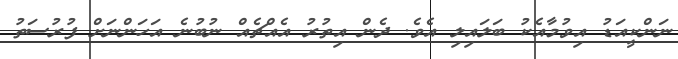
ނަންކީއަޑު އިވުމާއެކު ބަލައިލި އެވެ. ދެން އިތުރު އެއްޗެއް ނުބުނެ އަހަންނަށް ފުރުސަތު